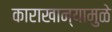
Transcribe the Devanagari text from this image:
काराखान्यामुळे